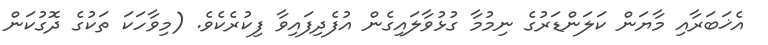
އެޚަބަރާއި މާޔަން ކަލަންޑަރުގެ ނިމުމާ ގުޅުވާލައިގެން އުފެދިފައިވާ ފިކުރެކެވެ. (މިވާހަކަ ތަކުގެ ދޮގުކަން